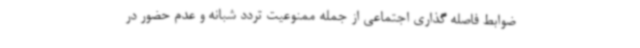
ضوابط فاصله گذاری اجتماعی از جمله ممنوعیت تردد شبانه و عدم حضور در